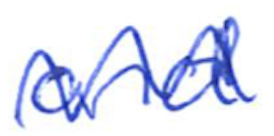
Text: and
Cross-out: mix
Writing tool: ballpoint